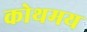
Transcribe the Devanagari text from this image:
कोथमय